Code of medical and sanitary regulations for the guidance of medical officers serving in the Madras Presidency - Volume I
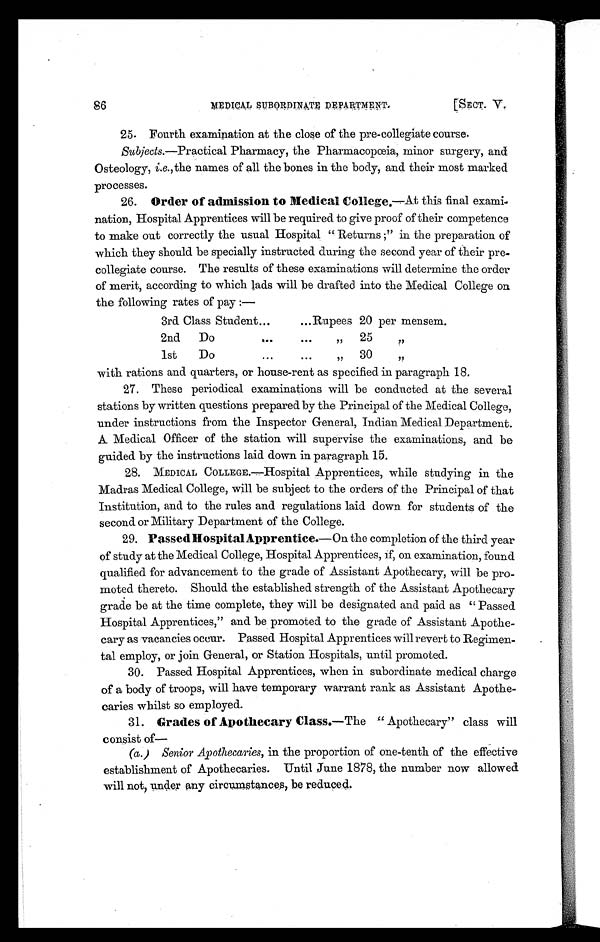
MEDICAL SUBORDINATE DEPARTMENT.
[SECT. V.
86
25. Fourth examination at the close of the pre-collegiate course.
Subjects. —Practical Pharmacy, the Pharmacopœia, minor surgery, and
Osteology, i.e., the names of all the bones in the body, and their most marked
processes.
26. Order of admission to Medical College .—At this final exami-
nation, Hospital Apprentices will be required to give proof of their competence
to make out correctly the usual Hospital "Returns ;" in the preparation of
which they should be specially instructed during the second year of their pre-
collegiate course. The results of these examinations will determine the order
of merit, according to which lads will be drafted into the Medical College on
the following rates of pay :—
3rd Class Student...
... Rupees 20 per mensem.
2nd
Do
. . .
. . .
„
25
, ,
1st
Do
. . .
.
. .
, ,
30
, ,
with rations and quarters, or house-rent as specified in paragraph 18.
27. These periodical examinations will be conducted at the several
stations by written questions prepared by the Principal of the Medical College,
under instructions from the Inspector General, Indian Medical Department.
A Medical Officer of the station will supervise the examinations, and be
guided by the instructions laid down in paragraph 15.
28.
MEDICAL COLLEGE.—Hospital Apprentices, while studying in the
Madras Medical College, will be subject to the orders of the Principal of that
Institution, and to the rules and regulations laid down for students of the
second or Military Department of the College.
29. Passed Hospital Apprentice.—On the completion of the third year
of study at the Medical College, Hospital Apprentices, if, on examination, found
qualified for advancement to the grade of Assistant Apothecary, will be pro-
moted thereto. Should the established strength of the Assistant Apothecary
grade be at the time complete, they will be designated and paid as " Passed
Hospital Apprentices," and be promoted to the grade of Assistant Apothe-
cary as vacancies occur. Passed Hospital Apprentices will revert to Regimen-
tal employ, or join General, or Station Hospitals, until promoted.
30. Passed Hospital Apprentices, when in subordinate medical charge
of a body of troops, will have temporary warrant rank as Assistant Apothe-
caries whilst so employed.
31. Grades of Apothecary Class.—The " Apothecary" class will
consist of
—
(a .) Senior Apothecaries, in the proportion of one-tenth of the effective
establishment of Apothecaries. Until June 1878, the number now allowed
will not, under any circumstances, be reduced.